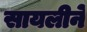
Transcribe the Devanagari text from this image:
सायलीने